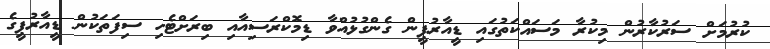
ކުރުމަށް ސަރުކާރުން މިކުރާ މަސައްކަތުގައި ޑީއާރުޕީން ގެންގުޅުއްވާ ޑިމޮކްރަސިއާއި ބިރަށްޓެހި ސިފަތަކުން ޑީއާރުޕީގެ